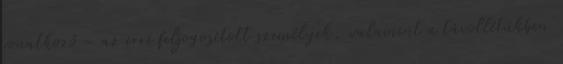
vonatkozó – az erre feljogosított személyek, valamint a távollétükben